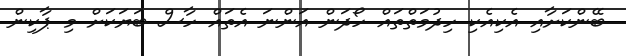
ބޭންކަށާއި އެކިއެކި ހިދުމަތްތައް ހޯދަން އަންނަ އެތައް ހާސް ބަޔަކަށް މި ޕާކިން